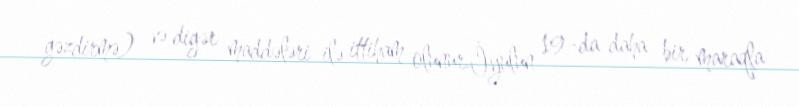
gəzdirmə) və digər maddələri ilə ittiham olunur.İyulun 19-da daha bir maraqla